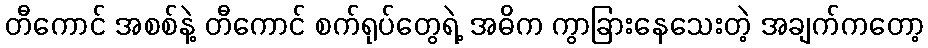
တီကောင် အစစ်နဲ့ တီကောင် စက်ရုပ်တွေရဲ့ အဓိက ကွာခြားနေသေးတဲ့ အချက်ကတော့